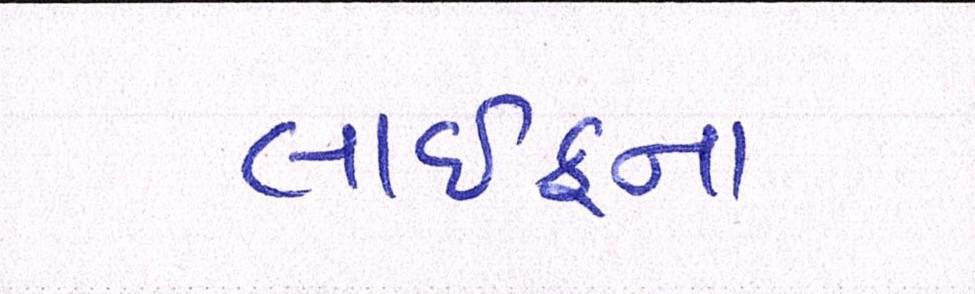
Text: લાઈફના